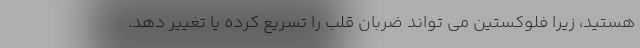
هستید، زیرا فلوکستین می تواند ضربان قلب را تسریع کرده یا تغییر دهد.